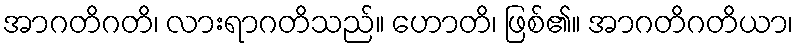
အာဂတိဂတိ၊ လားရာဂတိသည်။ ဟောတိ၊ ဖြစ်၏။ အာဂတိဂတိယာ၊